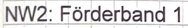
Text: NW2: Förderband 1